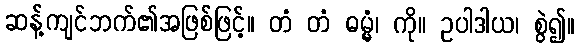
ဆန့်ကျင်ဘက်၏အဖြစ်ဖြင့်။ တံ တံ ဓမ္မံ၊ ကို။ ဥပါဒါယ၊ စွဲ၍။